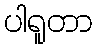
ပါရူတာ